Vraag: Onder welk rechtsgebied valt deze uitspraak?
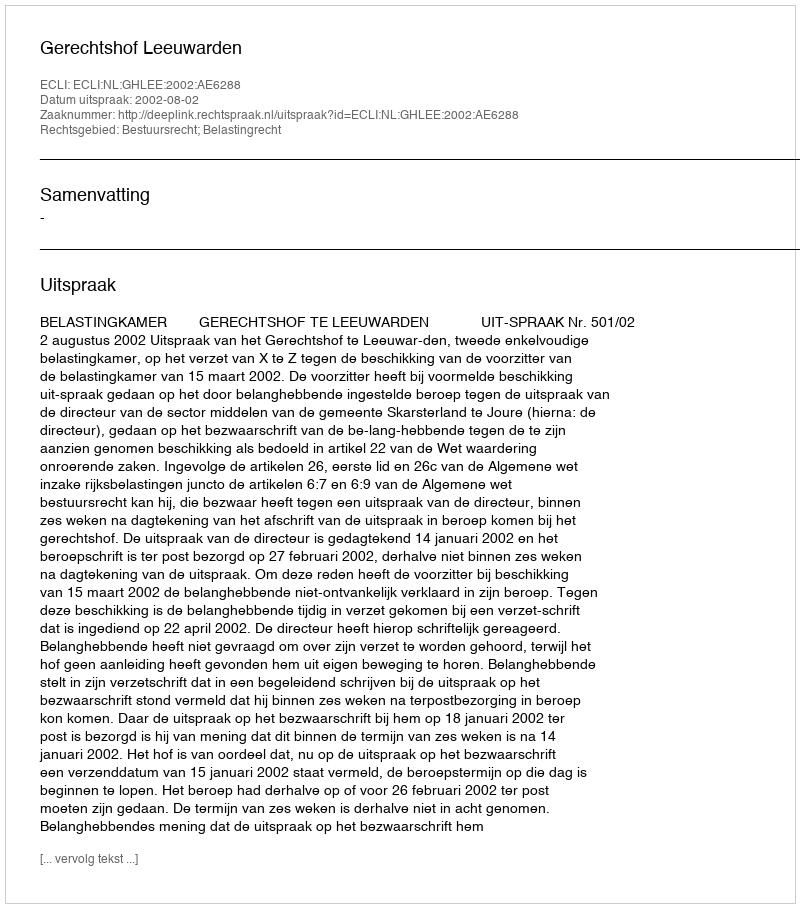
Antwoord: Bestuursrecht; Belastingrecht